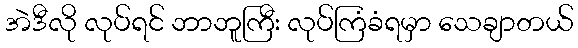
အဲဒီလို လုပ်ရင် ဘာဘူကြီး လုပ်ကြံခံရမှာ သေချာတယ်